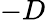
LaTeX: -D